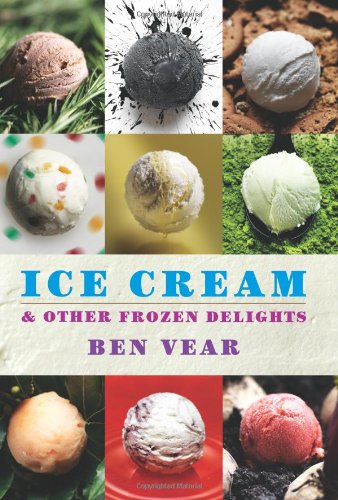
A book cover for Ice Cream; Benjamin Vear; Cookbooks, Food & Wine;